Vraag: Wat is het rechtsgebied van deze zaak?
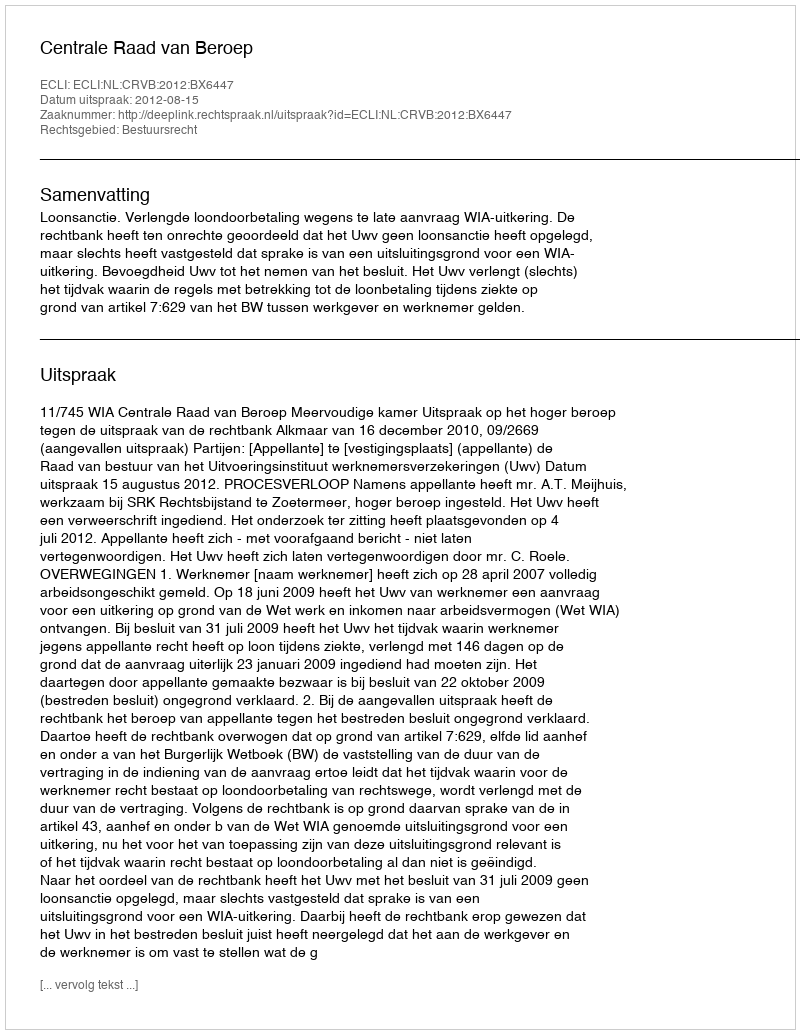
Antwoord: Bestuursrecht